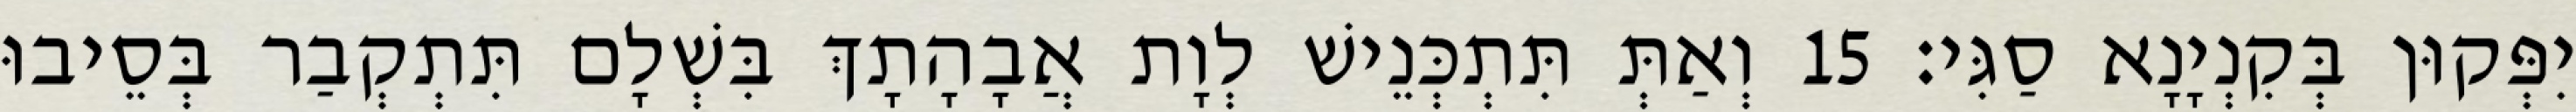
יִפְּקוּן בְּקִנְיָנָא סַגִּי׃ 15 וְאַתְּ תִּתְכְּנֵישׁ לְוָת אֲבָהָתָךְ בִּשְׁלָם תִּתְקְבַר בְּסֵיבוּ